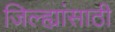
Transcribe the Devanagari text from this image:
जिल्ह्यांसाठी